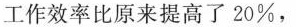
工作效率比原来提高了20%，